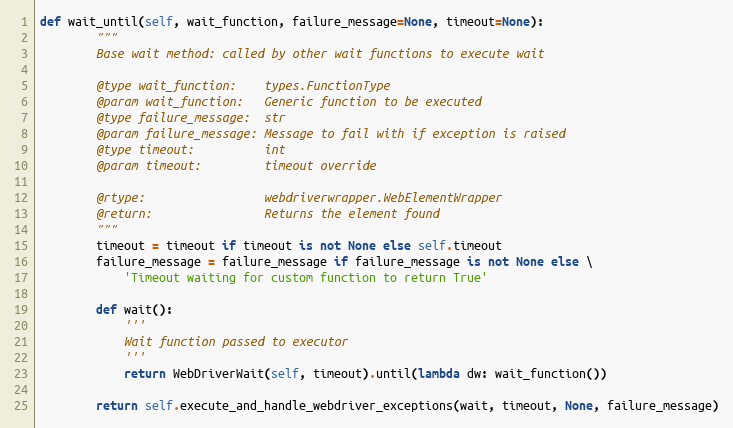
Language: Python
def wait_until(self, wait_function, failure_message=None, timeout=None):
        """
        Base wait method: called by other wait functions to execute wait

        @type wait_function:    types.FunctionType
        @param wait_function:   Generic function to be executed
        @type failure_message:  str
        @param failure_message: Message to fail with if exception is raised
        @type timeout:          int
        @param timeout:         timeout override

        @rtype:                 webdriverwrapper.WebElementWrapper
        @return:                Returns the element found
        """
        timeout = timeout if timeout is not None else self.timeout
        failure_message = failure_message if failure_message is not None else \
            'Timeout waiting for custom function to return True'

        def wait():
            '''
            Wait function passed to executor
            '''
            return WebDriverWait(self, timeout).until(lambda dw: wait_function())

        return self.execute_and_handle_webdriver_exceptions(wait, timeout, None, failure_message)